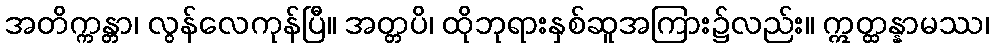
အတိက္ကန္တာ၊ လွန်လေကုန်ပြီ။ အတ္တပိ၊ ထိုဘုရားနှစ်ဆူအကြား၌လည်း။ ဣတ္ထန္နာမဿ၊